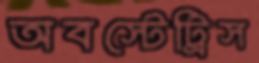
অবস্টেট্রিস